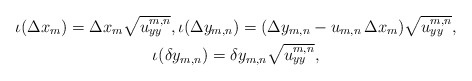
\begin{gather*}\iota(\Delta x_m)=\Delta x_m \sqrt{u_{yy}^{m,n}},\iota(\Delta y_{m,n})=(\Delta y_{m,n} - u_{m,n}\, \Delta x_m)\sqrt{u_{yy}^{m,n}},\\\iota(\delta y_{m,n})= \delta y_{m,n}\sqrt{u_{yy}^{m,n}},\end{gather*}